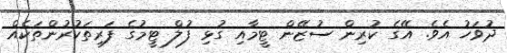
ދުވަހު އެވެ. އޭގެ ކުރިން ސުޒޭން ޓީމާއި ގުޅި ފުލް ޓީމުގެ ފަރިތަކުރުންތަކެއް